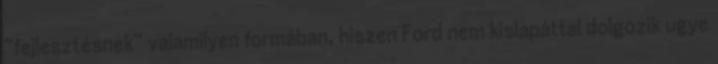
“fejlesztésnek” valamilyen formában, hiszen Ford nem kislapáttal dolgozik ugye